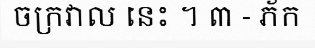
ចក្រវាល នេះ ។ ៣ - ភ័ក